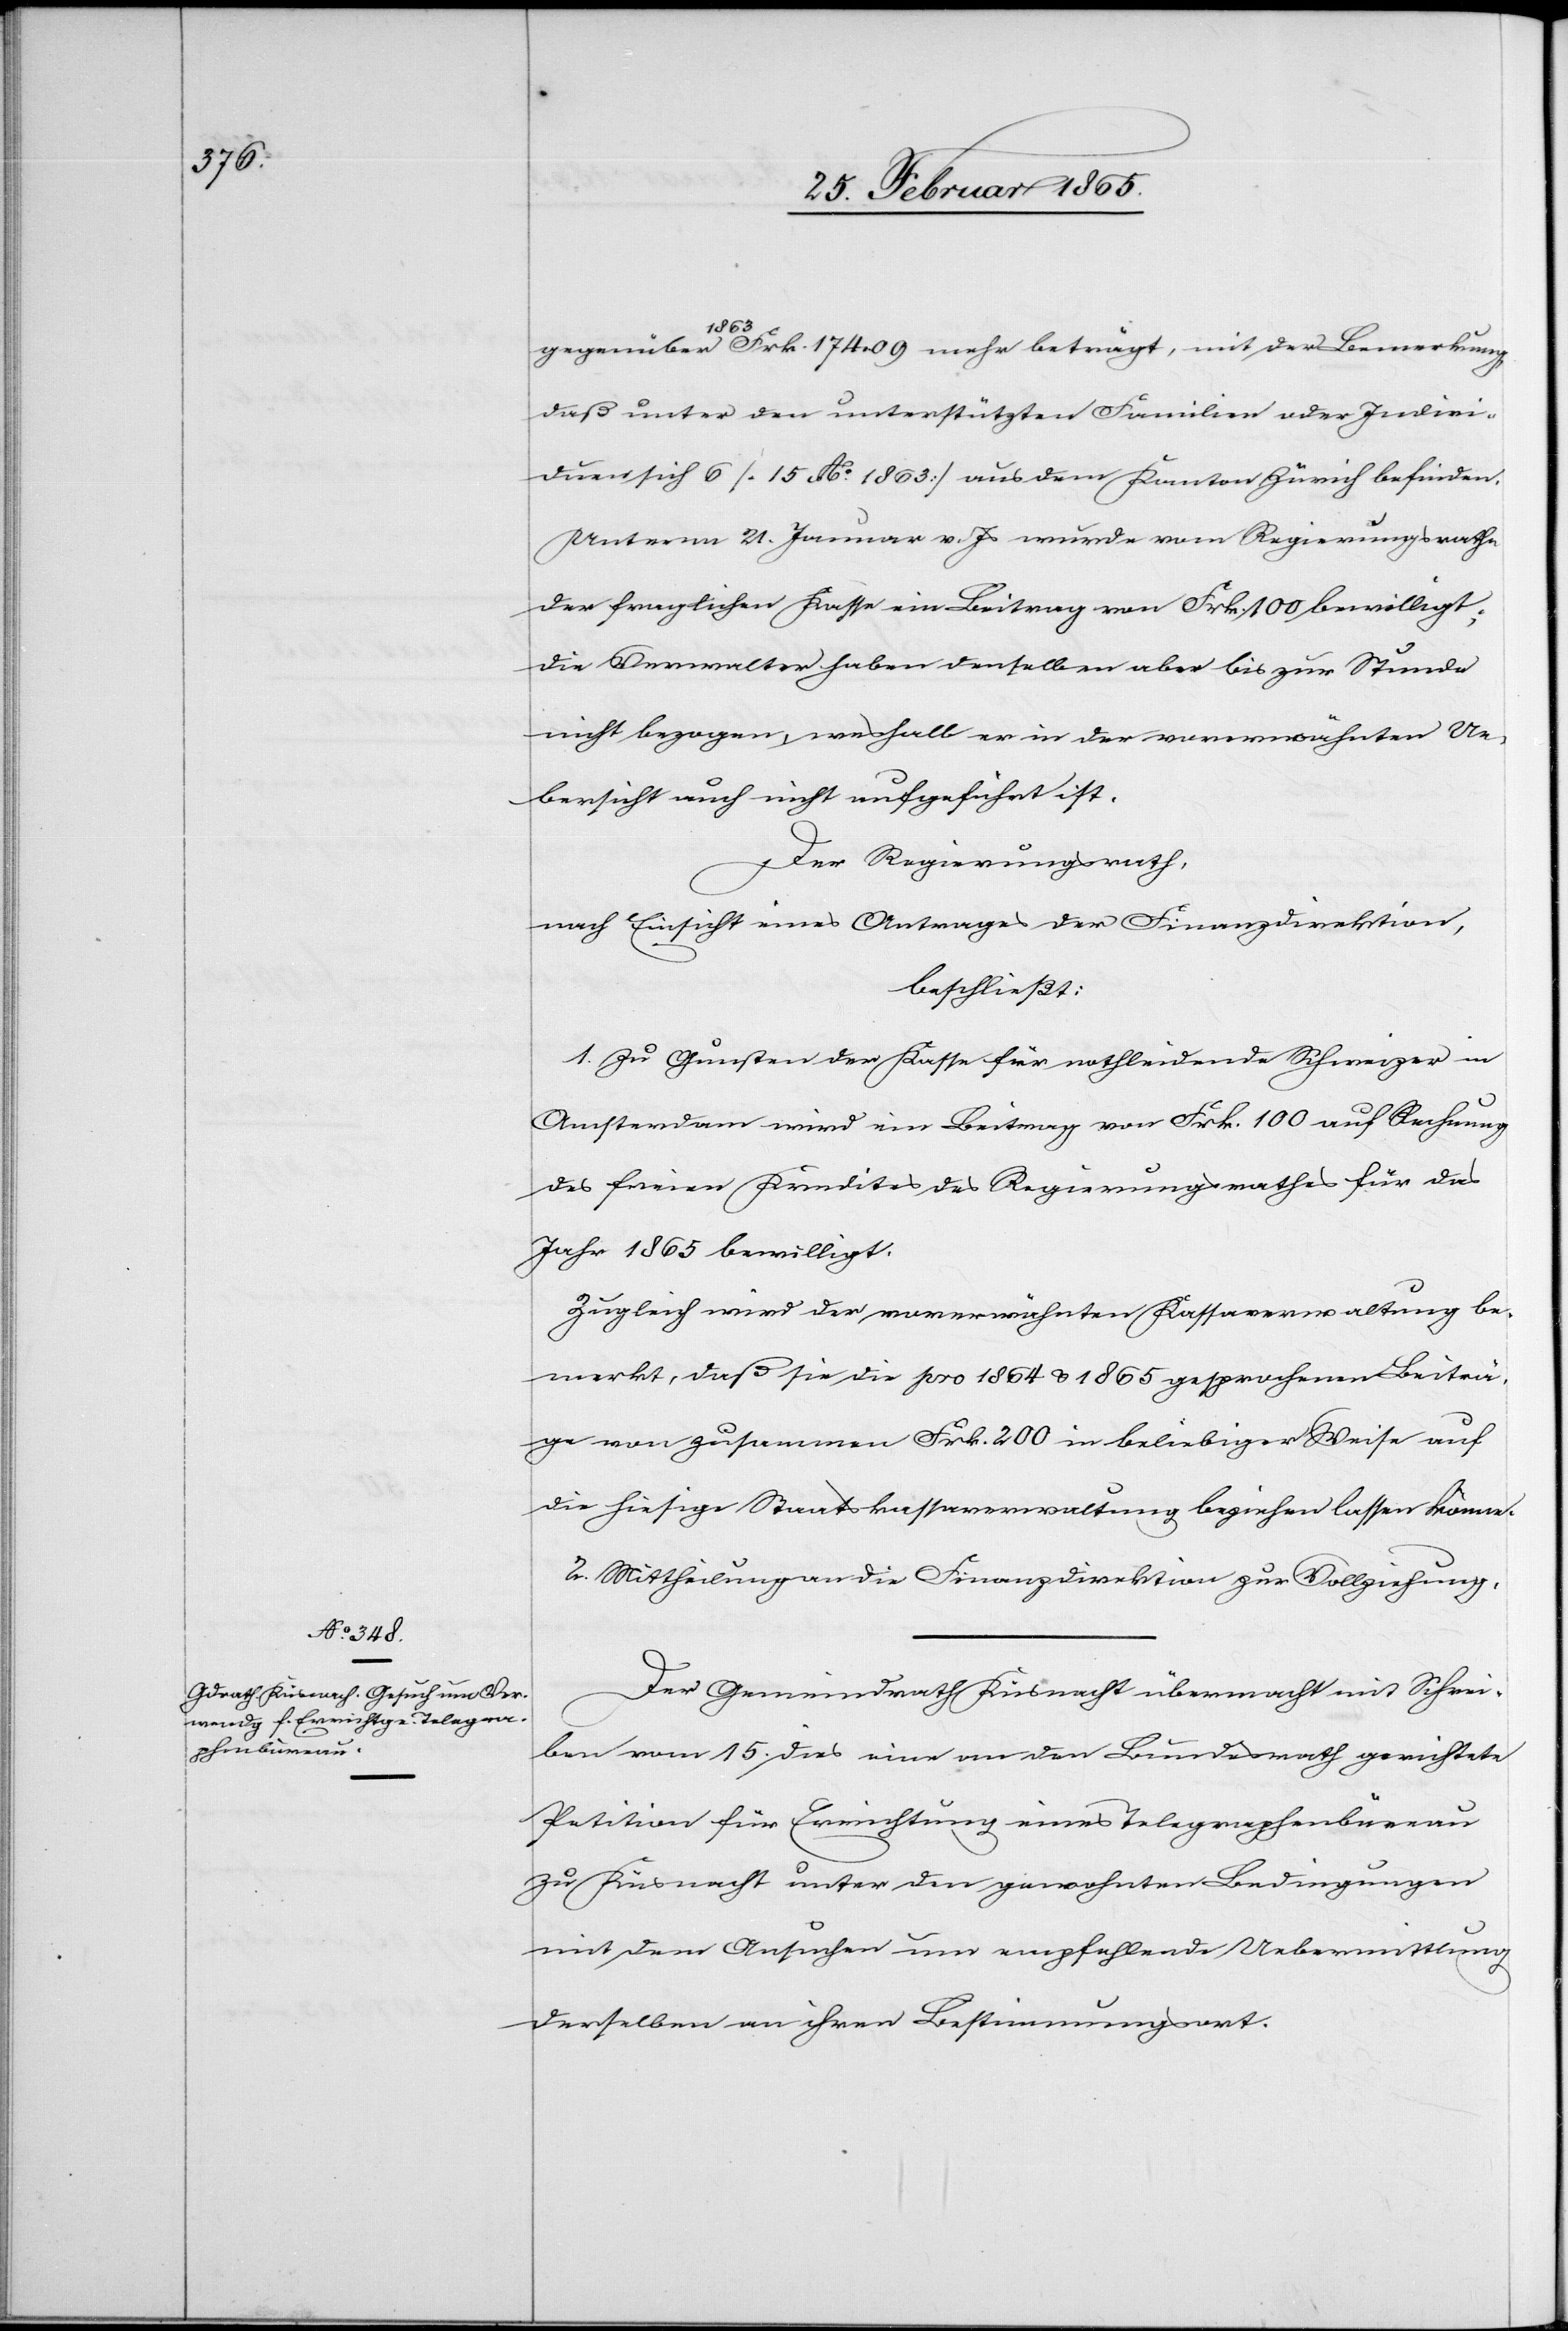
gegenüber 1863 Frk. 176. 09 mehr beträgt, mit der Bemerkung,
daß unter den unterstützten Familien oder Indivi¬
duen sich 6 [15 Ao 1863] aus dem Kanton Zürich befinden.
Unterm 21. Januar v. Js wurde vom Regierungsrathe
der fraglichen Kasse ein Beitrag von Frk. 100 bewilligt;
die Verwalter haben denselben aber bis zur Stunde
nicht bezogen, weshalb er in der vorerwähnten Ue¬
bersicht auch nicht aufgeführt ist.
Der Regierungsrath,
nach Einsicht eines Antrages der Finanzdirektion,
beschließt:
1. Zu Gunsten der Kasse für nothleidende Schweizer in
Amsterdam wird ein Beitrag von Frk. 100 auf Rechnung
des freien Kredites des Regierungsrathes für das
Jahr 1865 bewilligt.
Zugleich wird der vorerwähnten Kassaverwaltung be¬
merkt, daß sie die pro 1864 u. 1865 gesprochenen Beiträ¬
ge von zusammen Frk. 200 in beliebiger Weise auf
die hiesige Staatskassaverwaltung beziehen lassen könne.
2. Mittheilung an die Finanzdirektion zur Vollziehung.
Der Gemeindrath Küsnacht übermacht mit Schrei¬
ben vom 15. dies eine an den Bundesrath gerichtete
Petition für Errichtung eines Telegraphenbüreau
zu Küsnacht unter den gewohnten Bedingungen
mit dem Ansuchen um empfehlende Uebermittlung
derselben an ihren Bestimmungsort.